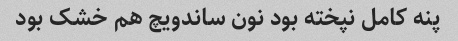
پنه کامل نپخته بود نون ساندویچ هم خشک بود